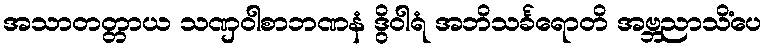
အသာတတ္တာယ သဏှဝါစာဘဏနံ ဒွိဝါရံ အဘိသင်္ခရောတိ အဗ္ဘညာသိံပေ